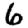
Digit: 6